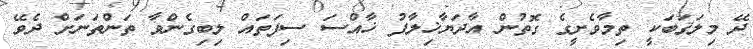
ދޭ މިލަޤަބަކީ ތިމާވެށީގެ ގޮތުން އާދަޔާޚިލާފު ޚާއްސަ ސިފަތައް ލިބިގެންވާ ތަންތަނަށް ދެވޭ